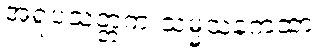
အရူပသတ္တက သမ္မသနကထာ။